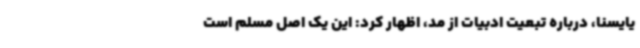
یایسنا، درباره تبعیت ادبیات از مد، اظهار کرد: این یک اصل مسلم است